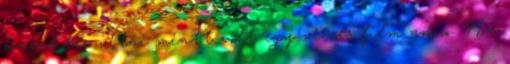
karakter vitái miatt volt egy vicces film anno. Na